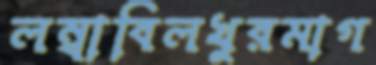
লম্বাবিলখুরমাগ